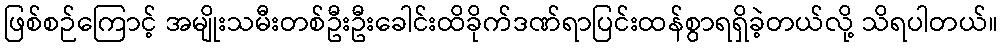
ဖြစ်စဉ်ကြောင့် အမျိုးသမီးတစ်ဦးဦးခေါင်းထိခိုက်ဒဏ်ရာပြင်းထန်စွာရရှိခဲ့တယ်လို့ သိရပါတယ်။